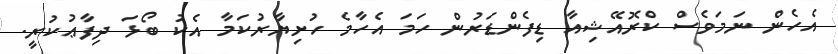
އެހެން ނަމަވެސް ކްރޮއޭޝިއާ ޑިފެންޑަރުން ހަމަ އެހާމެ ހުށިޔާރުކަމާ އެކު ބޯޅަ ދިފާޢުކުރީ.